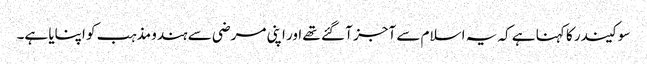
سوکیندر کا کہنا ہے کہ یہ اسلام سے آجز آ گئے تھے اور اپنی مرضی سے ہندو مذہب کو اپنایا ہے۔